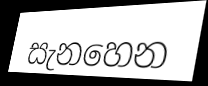
සැනහෙන